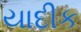
યાદીક